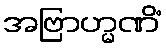
အဗြာဟ္မဏိံ